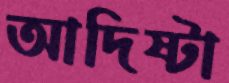
আদিষ্টা